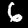
Label: 6